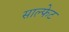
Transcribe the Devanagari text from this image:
साल्फेट